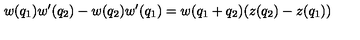
w ( q _ { 1 } ) w ^ { \prime } ( q _ { 2 } ) - w ( q _ { 2 } ) w ^ { \prime } ( q _ { 1 } ) = w ( q _ { 1 } + q _ { 2 } ) ( z ( q _ { 2 } ) - z ( q _ { 1 } ) )